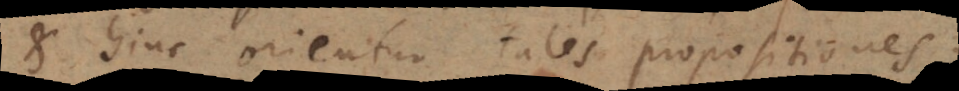
et hinc orientur tales propositione